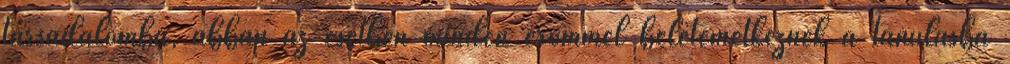
társadalomba, abban az esetben minden erőmmel beletemetkeznék a tanulásba